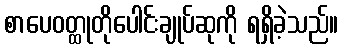
စာပေဝတ္ထုတိုပေါင်းချုပ်ဆုကို ရရှိခဲ့သည်။